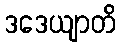
ဒဒေယျာတိ